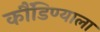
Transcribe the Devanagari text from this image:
कौंडिण्याला